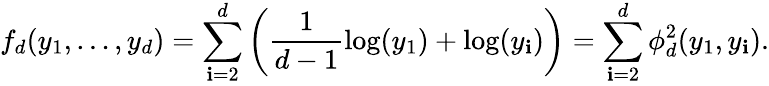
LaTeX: f_{d}(y_{1},\dots,y_{d})=\sum_{\mathbf{i}=2}^{d}\left(\frac{{1}}{{d-1}}\log(y_{1})+\log(y_{\mathbf{i}})\right)=\sum_{\mathbf{i}=2}^{d}\phi_{d}^{2}(y_{1},y_{\mathbf{i}}).